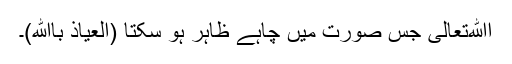
اﷲتعالیٰ جٰس صورت میں چاہے ظاہر ہو سکتا (العیاذ باﷲ)۔